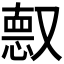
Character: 𫩈